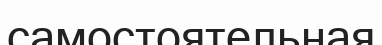
самостоятельная